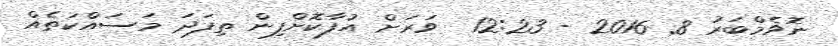
ނޮވެމްބަރު 8